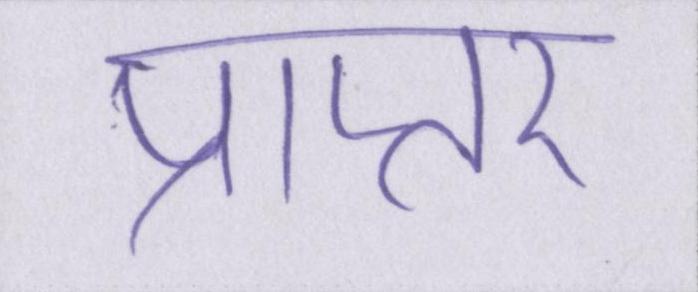
प्राप्तर